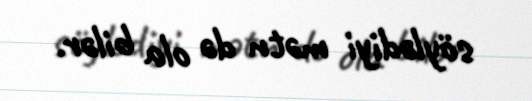
söylədiyi mətn də ola bilər.